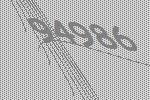
94986